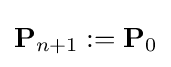
\mathbf {P} _{n+1}:=\mathbf {P} _{0}